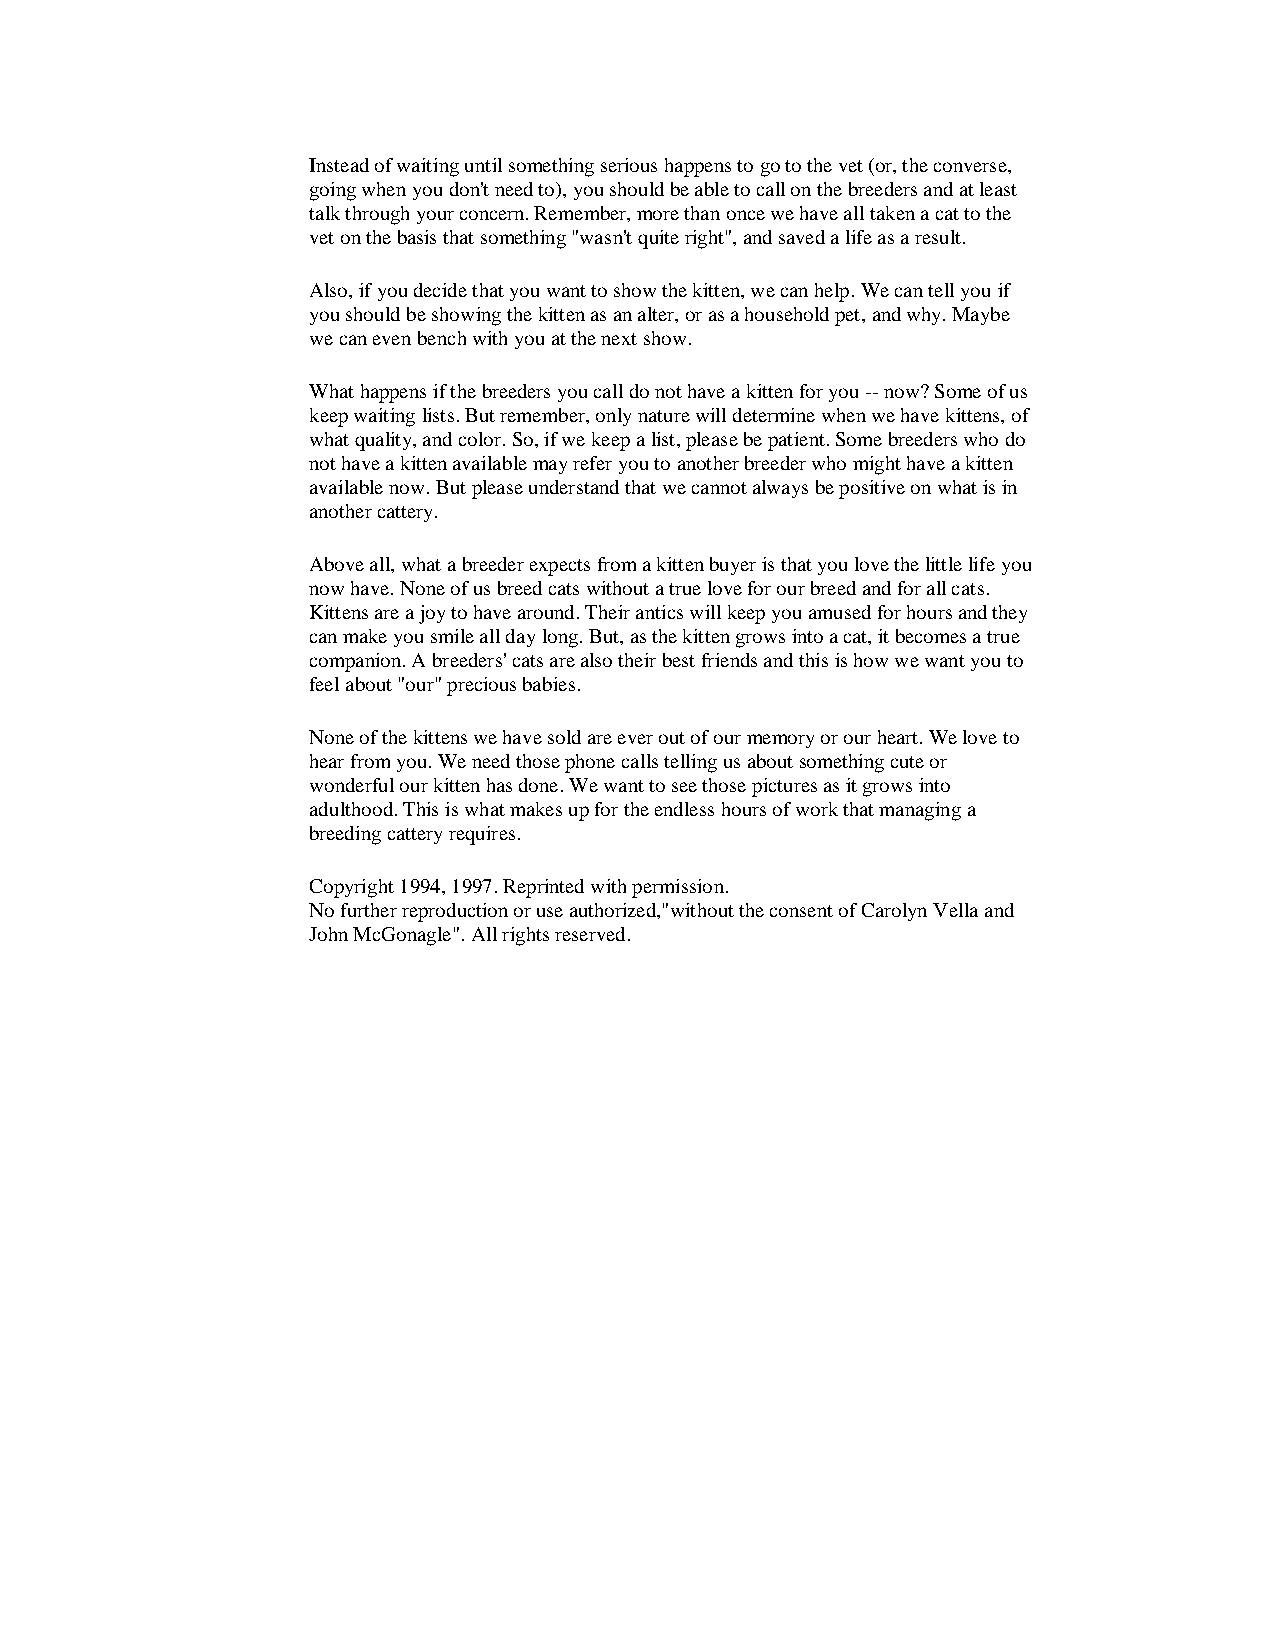
Instead of waiting until something serious happens to go to the vet (or, the converse,
 going when you don't need to), you should be able to call on the breeders and at least
 talk through your concern. Remember, more than once we have all taken a cat to the
 vet on the basis that something "wasn't quite right", and saved a life as a result.
 Also, if you decide that you want to show the kitten, we can help. We can tell you if
 you should be showing the kitten as an alter, or as a household pet, and why. Maybe
 we can even bench with you at the next show.
 What happens if the breeders you call do not have a kitten for you -- now? Some of us
 keep waiting lists. But remember, only nature will determine when we have kittens, of
 what quality, and color. So, if we keep a list, please be patient. Some breeders who do
 not have a kitten available may refer you to another breeder who might have a kitten
 available now. But please understand that we cannot always be positive on what is in
 another cattery.
 Above all, what a breeder expects from a kitten buyer is that you love the little life you
 now have. None of us breed cats without a true love for our breed and for all cats.
 Kittens are a joy to have around. Their antics will keep you amused for hours and they
 can make you smile all day long. But, as the kitten grows into a cat, it becomes a true
 companion. A breeders' cats are also their best friends and this is how we want you to
 feel about "our" precious babies.
 None of the kittens we have sold are ever out of our memory or our heart. We love to
 hear from you. We need those phone calls telling us about something cute or
 wonderful our kitten has done. We want to see those pictures as it grows into
 adulthood. This is what makes up for the endless hours of work that managing a
 breeding cattery requires.
 Copyright 1994, 1997. Reprinted with permission.
 No further reproduction or use authorized,"without the consent of Carolyn Vella and
 John McGonagle". All rights reserved.